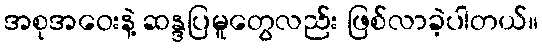
အစုအဝေးနဲ့ ဆန္ဒပြမူတွေလည်း ဖြစ်လာခဲ့ပါတယ်။